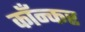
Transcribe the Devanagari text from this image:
काँन्कर